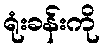
ရုံးခန်းကို